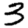
Digit: 3